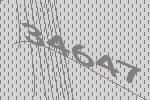
34647